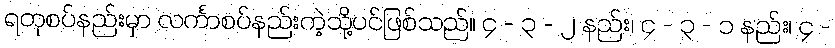
ရတုစပ်နည်းမှာ လင်္ကာစပ်နည်းကဲ့သို့ပင်ဖြစ်သည်။ ၄ - ၃ - ၂ နည်း၊ ၄ - ၃ - ၁ နည်း၊ ၄ -